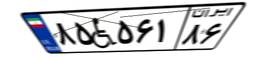
۸۵W۵۶۱۸۶